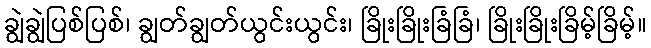
ချွဲချွဲပြစ်ပြစ်၊ ချွတ်ချွတ်ယွင်းယွင်း၊ ခြိုးခြိုးခြံခြံ၊ ခြိုးခြိုးခြိမ့်ခြိမ့်။